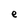
Character: e